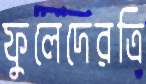
ফুলেদেরত্রি